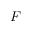
\boldsymbol { F }